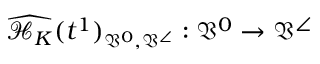
\widehat { \mathcal { H } _ { K } } ( t ^ { 1 } ) _ { \mathfrak { V } ^ { 0 } , \mathfrak { V } ^ { \angle } } : \mathfrak { V } ^ { 0 } \to \mathfrak { V } ^ { \angle }